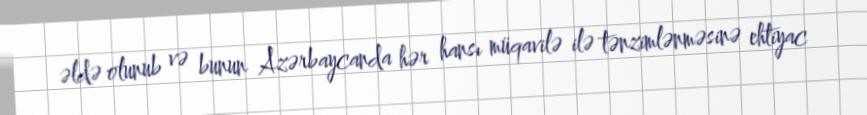
əldə olunub və bunun Azərbaycanda hər hansı müqavilə ilə tənzimlənməsinə ehtiyac